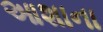
આશાના